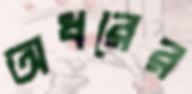
অধরের